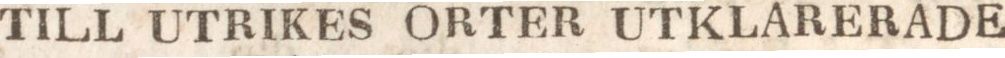
TILL UTRIKES ORTER UTKLARERADE